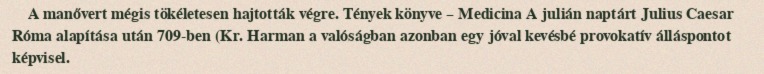
A manővert mégis tökéletesen hajtották végre. Tények könyve – Medicina A julián naptárt Julius Caesar Róma alapítása után 709-ben (Kr. Harman a valóságban azonban egy jóval kevésbé provokatív álláspontot képvisel.